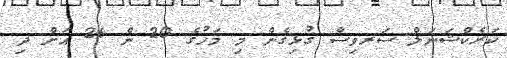
ކަރެކްޝަަނަލް ސަރވިސް ގުޅިގެން މި މަހުގެ 20 ން 26 އަށް ދި